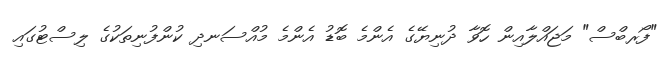
"ފޯރބްސް" މަޖައްލާއިން ހޮވާ ދުނިޔޭގެ އެންމެ ބޮޑު އެންމެ މުއްސަނދި ކުންފުނިތަކުގެ ލިސްޓުގައި